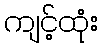
ကျင့်ထုံး